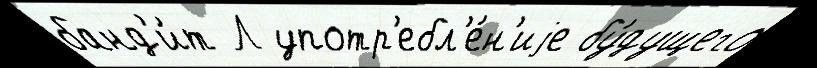
банд'и́т Л употр'ебл'е́н'иjе бу́дущего